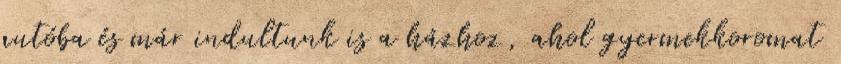
autóba és már indultunk is a házhoz, ahol gyermekkoromat